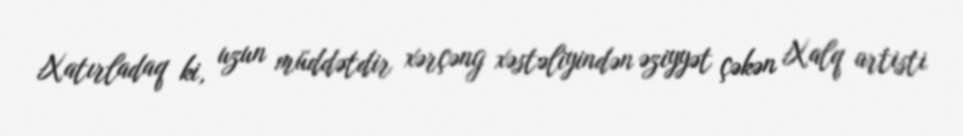
Xatırladaq ki, uzun müddətdir xərçəng xəstəliyindən əziyyət çəkən Xalq artisti